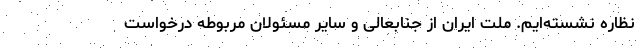
نظاره نشسته‌ایم. ملت ایران از جنابعالی و سایر مسئولان مربوطه درخواست